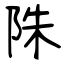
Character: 陎